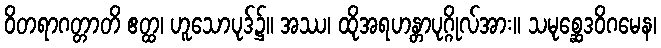
ဝိတရာဂတ္တာတိ ဧတ္ထ၊ ဟူသောပုဒ်၌။ အဿ၊ ထိုအရဟန္တာပုဂ္ဂိုလ်အား။ သမုစ္ဆေဒဝိဂမေန၊